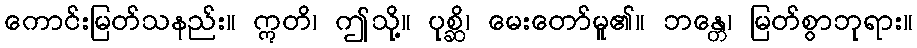
ကောင်းမြတ်သနည်း။ ဣတိ၊ ဤသို့။ ပုစ္ဆိ၊ မေးတော်မူ၏။ ဘန္တေ၊ မြတ်စွာဘုရား။